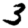
Digit: 3